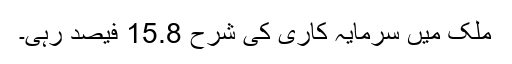
ملک میں سرمایہ کاری کی شرح 15.8 فیصد رہی۔